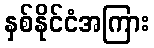
နှစ်နိုင်ငံအကြား